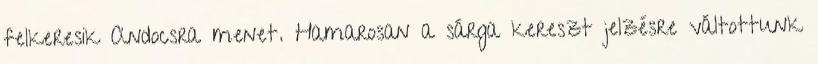
felkeresik Andocsra menet. Hamarosan a sárga kereszt jelzésre váltottunk